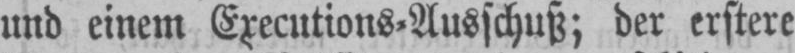
und einem Executions⸗Ausschuß; der erstere